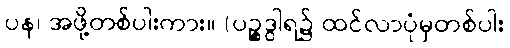
ပန၊ အဖို့တစ်ပါးကား။ (ပဉ္စဒွါရ၌ ထင်လာပုံမှတစ်ပါး